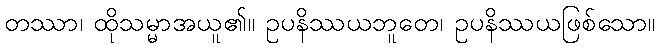
တဿာ၊ ထိုသမ္မာအယူ၏။ ဥပနိဿယဘူတေ၊ ဥပနိဿယဖြစ်သော။